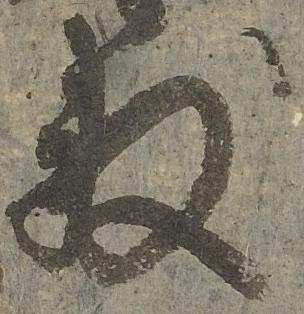
数